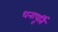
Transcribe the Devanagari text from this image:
धनापूर्ति